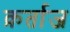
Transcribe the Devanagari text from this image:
क़र्ताज